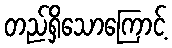
တည်ရှိသောကြောင့်